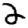
Digit: 2